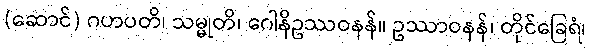
(ဆောင်) ဂဟပတိ၊ သမ္မုတိ၊ ဂေါနိဥဿဝနန်။ ဥဿာဝနန်၊ တိုင်ခြေရံ၊